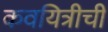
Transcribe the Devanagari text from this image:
कवयित्रीची